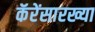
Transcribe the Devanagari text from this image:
कॅरेंसारख्या